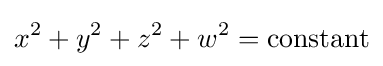
x^{2}+y^{2}+z^{2}+w^{2}={\textrm {constant}}